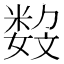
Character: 𡢏